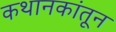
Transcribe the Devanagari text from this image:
कथानकांतून